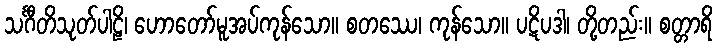
သင်္ဂီတိသုတ်ပါဠိ၊ ဟောတော်မူအပ်ကုန်သော။ စတဿေ၊ ကုန်သော။ ပဋိပဒါ၊ တို့တည်း။ စတ္တာရိ